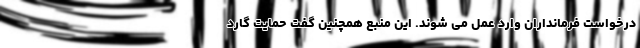
درخواست فرمانداران وارد عمل می شوند. این منبع همچنین گفت حمایت گارد